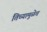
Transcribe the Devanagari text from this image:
तिच्यामुळेच